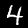
Digit: 4